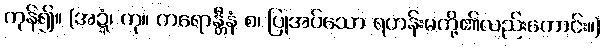
ကုန်၍။ (အဍ္ဍံ၊ ကု။ ကရောန္တီနံ စ၊ ပြုအပ်သော ရဟန်းမတို့၏လည်းကောင်း။)